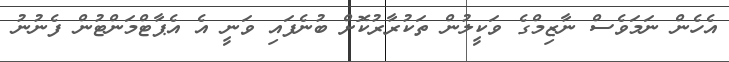
އެހެން ނަމަވެސް ނާޒިމްގެ ވަކީލުން ތަކުރާރުކޮށް ބުނެފައި ވަނީ އެ އެޕާޓްމަންޓުން ފެނުނު